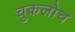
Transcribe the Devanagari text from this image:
चुकलोच